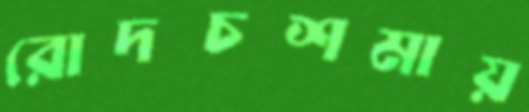
রোদচশমায়